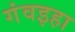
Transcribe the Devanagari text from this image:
गंवइहा